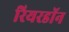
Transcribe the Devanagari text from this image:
रियरडॉन